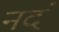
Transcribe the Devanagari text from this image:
नदं